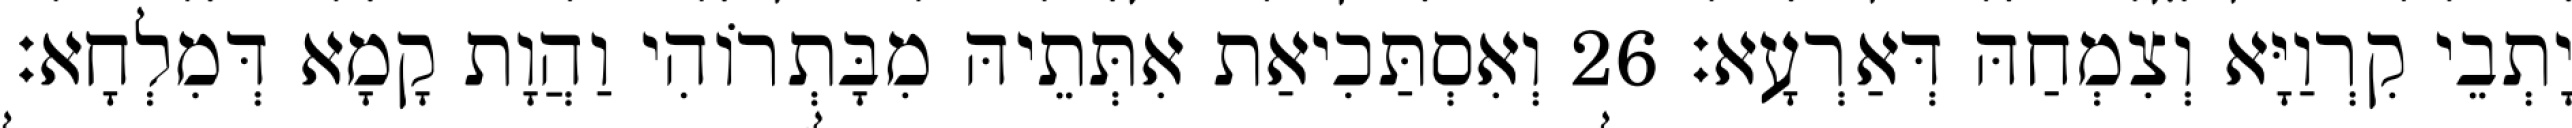
יָתְבֵי קִרְוַיָּא וְצִמְחַהּ דְּאַרְעָא׃ 26 וְאִסְתַּכִיאַת אִתְּתֵיהּ מִבָּתְרוֹהִי וַהֲוָת קָמָא דְּמִלְחָא׃